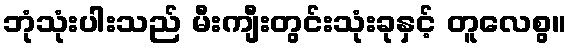
ဘုံသုံးပါးသည် မီးကျီးတွင်းသုံးခုနှင့် တူလေစွ။